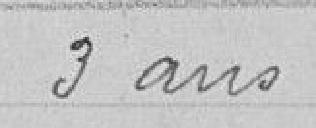
3 ans